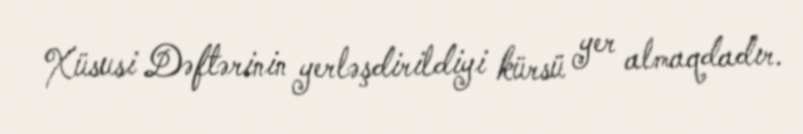
Xüsusi Dəftərinin yerləşdirildiyi kürsü yer almaqdadır.